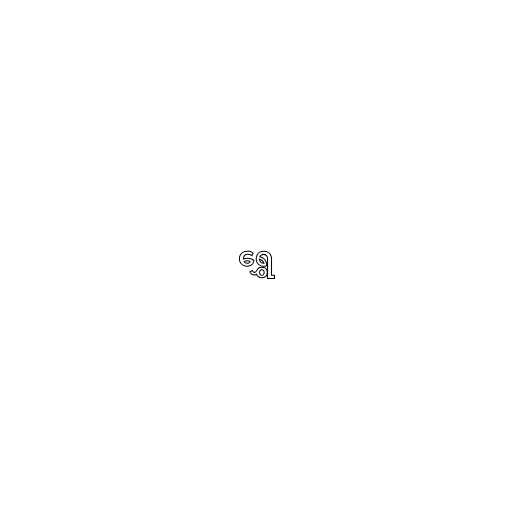
ရွှေ